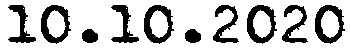
10.10.2020